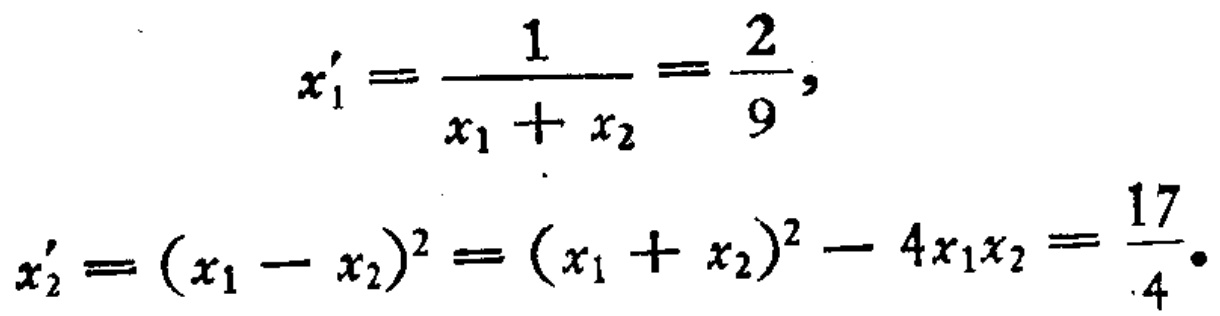
\[
x_1' = \frac{1}{x_1 + x_2} = \frac{2}{9},
\]
\[
x_2' = (x_1 - x_2)^2 = (x_1 + x_2)^2 - 4x_1x_2 = \frac{17}{4}.
\]